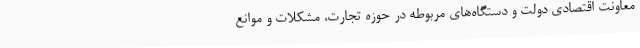
معاونت اقتصادی دولت و دستگاه‌های مربوطه در حوزه تجارت، مشکلات و موانع